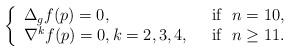
LaTeX: \begin{align*}\left \{\begin{array}{ll}\Delta_g f(p)=0, &\hbox{~~if~~} n=10,\\\nabla^k f(p)=0, k=2,3,4, &\hbox{~~if~~} n \geq 11.\end{array}\right.\end{align*}